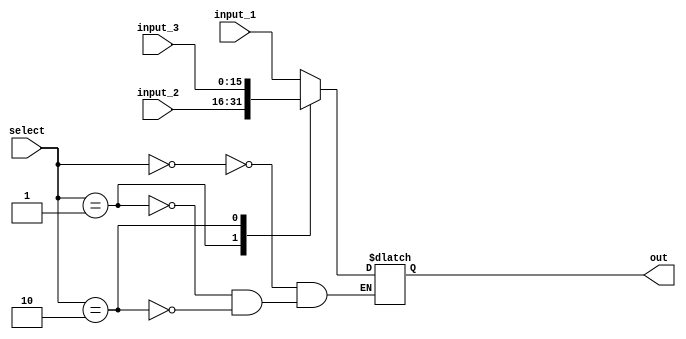
//////////////////////////////////////////////////////////////////////////////////
// Design Name : Autoencoder
// Module Name : mux_3_1
// Project Name: Autoencoder
//////////////////////////////////////////////////////////////////////////////////

module mux_3_1 (
    
   input [15:0] input_1, 
   input [15:0] input_2,
   input [15:0] input_3,
   input [1:0] select,
   output reg [15:0] out
);

 always @(*) begin
case (select)
    2'b00 : out = input_1;
    2'b01 : out = input_2;
    2'b10 : out = input_3;
endcase
end

endmodule